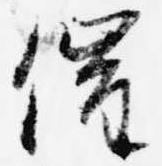
催